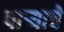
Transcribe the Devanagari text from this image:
पाऱ्याचे